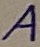
Text: A